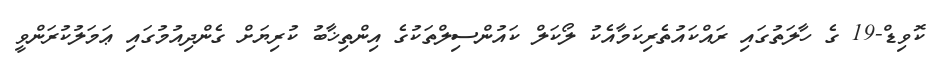
ކޮވިޑް-19 ގެ ހާލަތުގައި ރައްކައުތެރިކަމާއެކު ލޯކަލް ކައުންސިލްތަކުގެ އިންތިޚާބު ކުރިޔަށް ގެންދިއުމުގައި ޢަމަލުކުރަންވީ